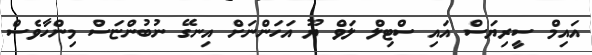
އައިމް ސީރިޔަސް އައި ސްޓިލް ލަވް ޔޫ އަހަންނަށް އިނގޭ ނުބުންޏަސް މިންހާވެސް